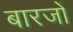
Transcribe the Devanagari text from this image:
बारजों